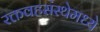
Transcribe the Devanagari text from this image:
रक्तवहसंस्थेमध्ये